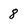
Character: 8